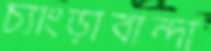
চ্যাংড়াবান্দা